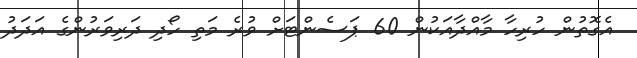
އެގޮތުން ހުރިހާ މާއްދާއަކުން 60 ޕަސެންޓަށް ވުރެ މަތި ހޯދި ދަރިވަރުންގެ އަދަދު